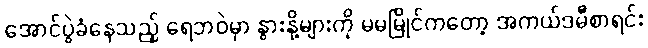
အောင်ပွဲခံနေသည့် ရေဘဝဲမှာ နွားနို့များကို မမမြိုင်ကတော့ အကယ်ဒမီစာရင်း